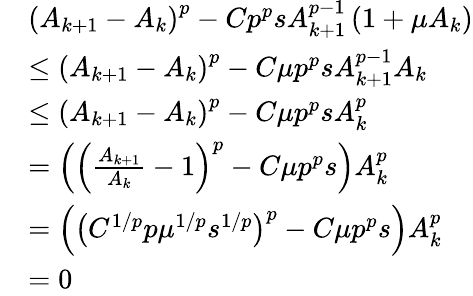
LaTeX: \begin{array}{rl}&{\left(A_{k+1}-A_{k}\right)^{p}-Cp^{p}sA_{k+1}^{p-1}\left(1+\mu A_{k}\right)}\\ &{\leq\left(A_{k+1}-A_{k}\right)^{p}-C\mu p^{p}sA_{k+1}^{p-1}A_{k}}\\ &{\leq\left(A_{k+1}-A_{k}\right)^{p}-C\mu p^{p}sA_{k}^{p}}\\ &{=\left(\left(\frac{A_{k+1}}{A_{k}}-1\right)^{p}-C\mu p^{p}s\right)A_{k}^{p}}\\ &{=\left(\left(C^{1/p}p\mu^{1/p}s^{1/p}\right)^{p}-C\mu p^{p}s\right)A_{k}^{p}}\\ &{=0}\end{array}